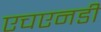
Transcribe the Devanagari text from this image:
एचएनडी